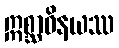
ဣစ္ဆာဝိနယဿ